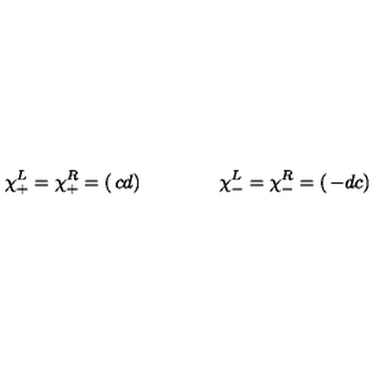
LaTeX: \chi _ { + } ^ { L } = \chi _ { + } ^ { R } = \left( \begin{matrix} { c } \\ { d } \\ \end{matrix} \right) \qquad \qquad \chi _ { - } ^ { L } = \chi _ { - } ^ { R } = \left( \begin{matrix} { - d } \\ { c } \\ \end{matrix} \right)